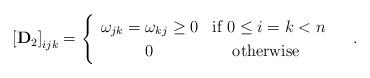
LaTeX: \begin{align*}\left[\mathbf{D}_{2}\right]_{ijk}=\begin{cases}\begin{array}{cc}\omega_{jk}=\omega_{kj}\ge0 & \mbox{if }0\le i=k<n\\0 & \mbox{otherwise }\end{array}\end{cases}.\end{align*}